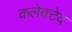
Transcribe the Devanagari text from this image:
कलेक्टेद